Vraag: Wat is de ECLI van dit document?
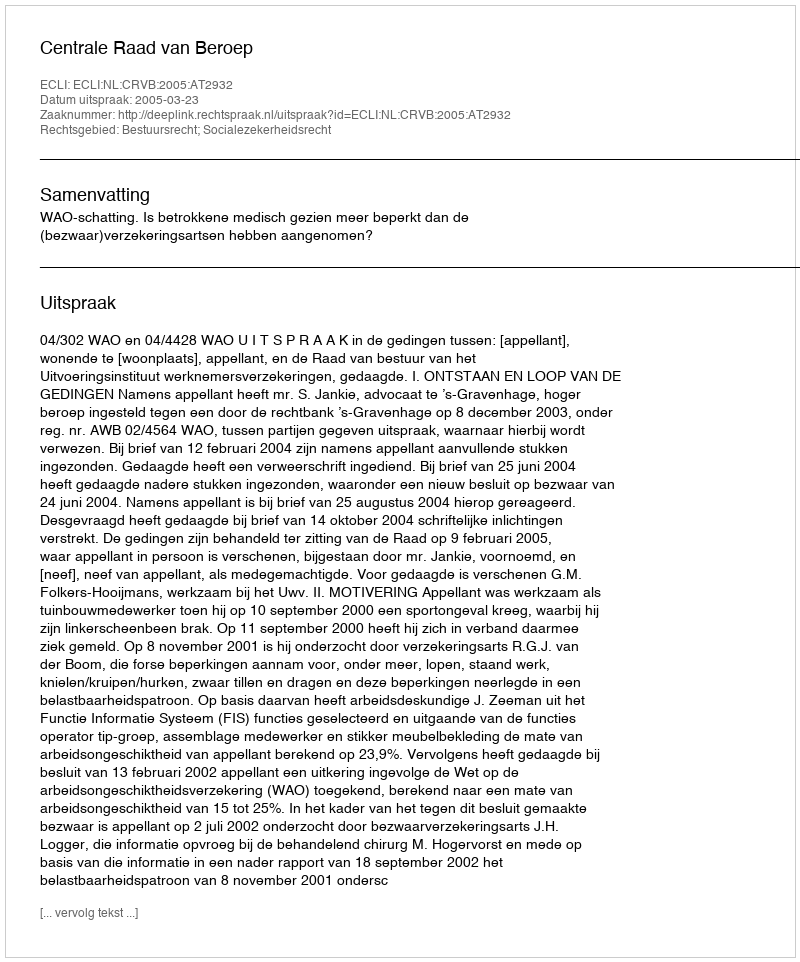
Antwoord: ECLI:NL:CRVB:2005:AT2932